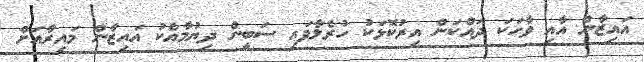
އައިޒާން އާއި ވާހަކަ ދައްކަން އިރުކޮޅަކު ހުރެލާފައި ސަބީން ދިޔުމާއެކު އައިޒާން މައިރާއަށް